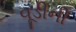
વૂડીની